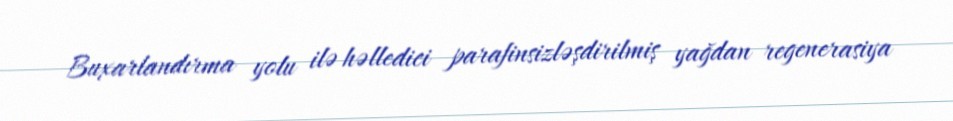
Buxarlandırma yolu ilə həlledici parafinsizləşdirilmiş yağdan regenerasiya